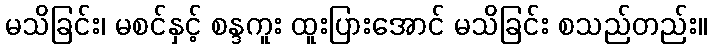
မသိခြင်း၊ မစင်နှင့် စန္ဒကူး ထူးပြားအောင် မသိခြင်း စသည်တည်း။